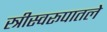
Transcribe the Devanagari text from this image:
स्त्रीस्वरूपातले